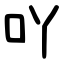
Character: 吖